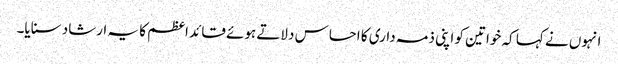
انہوں نے کہا کہ خواتین کو اپنی ذمہ داری کا احساس دلاتے ہوئے قائد اعظم کا یہ ارشاد سنایا۔